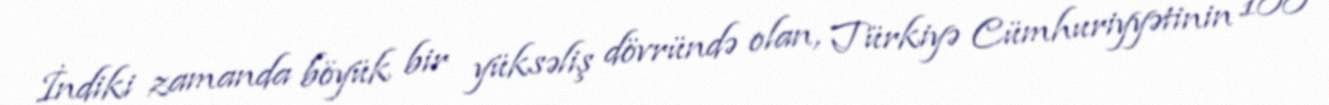
İndiki zamanda böyük bir yüksəliş dövründə olan, Türkiyə Cümhuriyyətinin 100